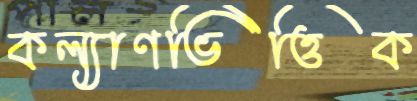
কল্যাণভিত্তিক